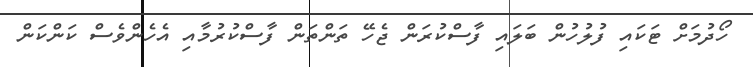
ހޯދުމަށް ޓަކައި ފުލުހުން ބަލައި ފާސްކުރަން ޖެހޭ ތަންތަން ފާސްކުރުމާއި އެހެންވެސް ކަންކަން